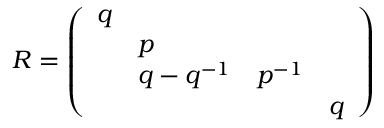
R = \left( \begin{array} { l l l l } { { q } } & { { } } & { { } } & { { } } \\ { { } } & { { p } } & { { } } & { { } } \\ { { } } & { { { q - q ^ { - 1 } } } } & { { { p ^ { - 1 } } } } & { { } } \\ { { } } & { { } } & { { } } & { { { q } } } \end{array} \right)